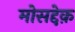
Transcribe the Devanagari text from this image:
मोसद्देक़